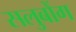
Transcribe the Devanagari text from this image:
सलुबोंग